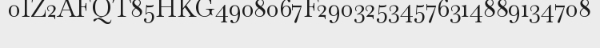
0IZ2AFQT85HKG4908067F29032534576314889134708